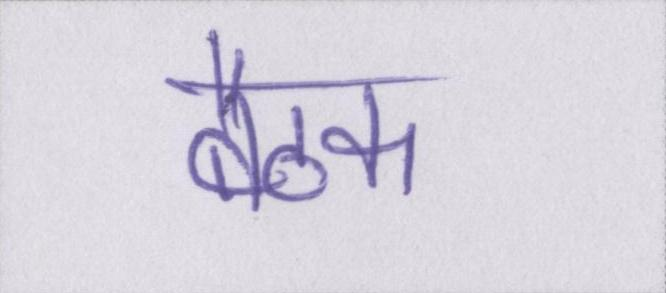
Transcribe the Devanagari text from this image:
बैठक